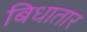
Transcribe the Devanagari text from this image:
बिधातार